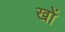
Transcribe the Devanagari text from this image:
खों